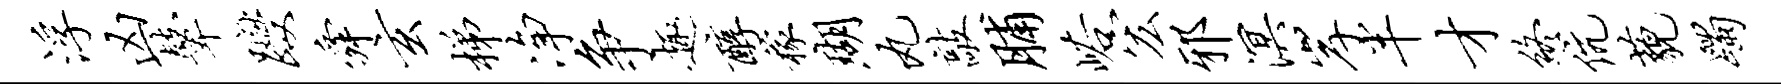
浮凶鼙躞舜玄梯净争趣醇稼瑚丸敲脯峪宏邪溟岸半才终伉藐躅